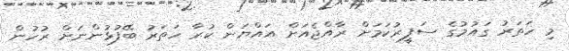
މި ހަަތަރު ގައުމުގެ ސަފީރުކަމަށް ރާއްޖެއަށް އައްޔަން ކުރާ ހަތަރު ބޭފުޅުންނަށް ރުހުން